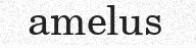
amelus